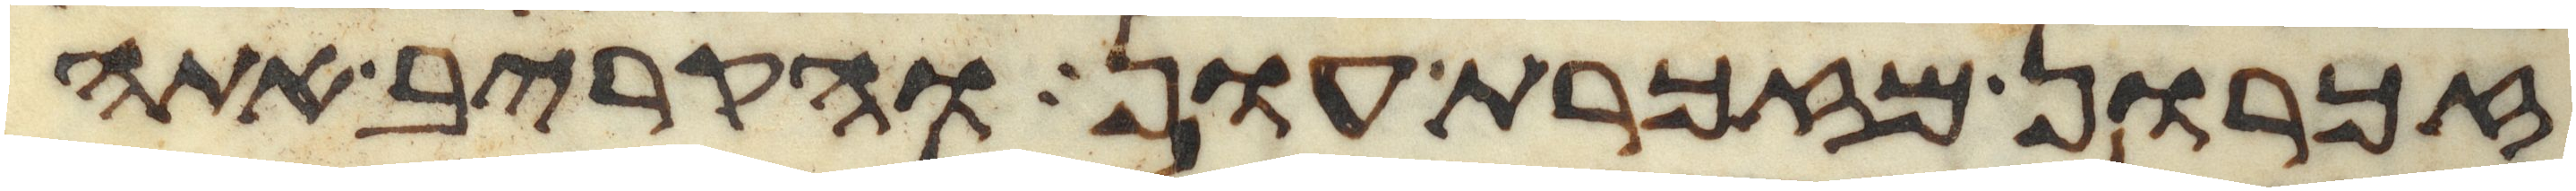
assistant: זכרון מזכרת עון והקריב אתה